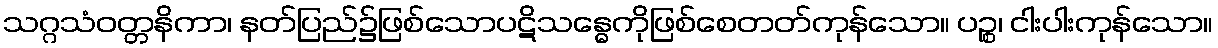
သဂ္ဂသံဝတ္တနိကာ၊ နတ်ပြည်၌ဖြစ်သောပဋိသန္ဓေကိုဖြစ်စေတတ်ကုန်သော။ ပဉ္စ၊ ငါးပါးကုန်သော။